Indian journal of veterinary science and animal husbandry - Volumes 22-23, 1952-1953
Year: 1952
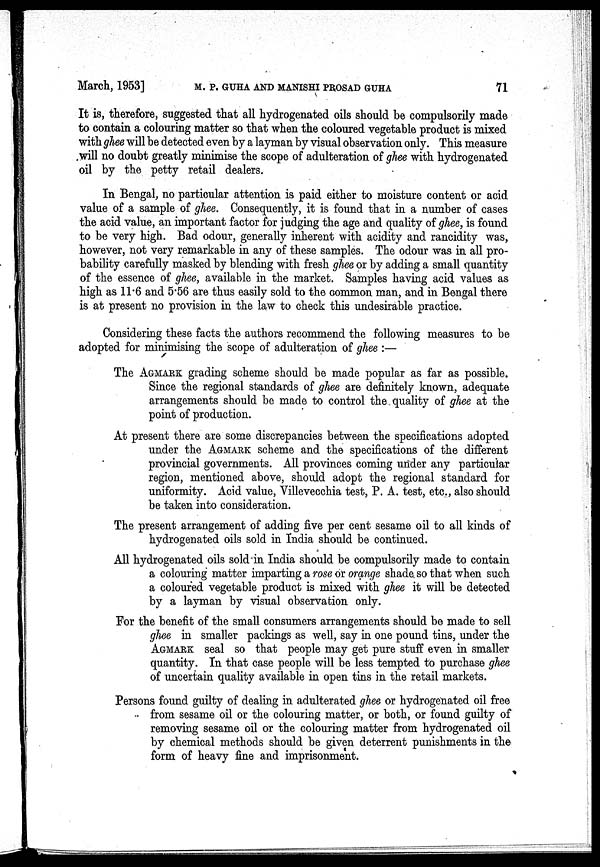
March, 1953]
M.
P.
GUHA
AND
MANISHI
PROSAD
GUHA
71
It is, therefore, suggested that all hydrogenated oils should be compulsorily made
to contain a colouring matter so that when the coloured vegetable product is mixed
with ghee will be detected even by a layman by visual observation only. This measure
will no doubt greatly minimise the scope of adulteration of ghee with hydrogenated
oil by the petty retail dealers.
In Bengal, no particular attention is paid either to moisture content or acid
value of a sample of ghee. Consequently, it is found that in a number of cases
the acid value, an important factor for judging the age and quality of ghee, is found
to be very high. Bad odour, generally inherent with acidity and rancidity was,
however, not very remarkable in any of these samples. The odour was in all pro-
bability carefully masked by blending with fresh ghee or by adding a small quantity
of the essence of ghee, available in the market. Samples having acid values as
high as 11.6 and 5.56 are thus easily sold to the common man, and in Bengal there
is at present no provision in the law to check this undesirable practice.
Considering these facts the authors recommend the following measures to be
adopted for minimising the scope of adulteration of ghee :—
The AGMARK grading scheme should be made popular as far as possible.
Since the regional standards of ghee are definitely known, adequate
arrangements should be made to control the quality of ghee at the
point of production.
At present there are some discrepancies between the specifications adopted
under the AGMARK scheme and the specifications of the different
provincial governments. All provinces coming under any particular
region, mentioned above, should adopt the regional standard for
uniformity. Acid value, Villevecchia test, P. A. test, etc., also should
be taken into consideration.
The present arrangement of adding five per cent sesame oil to all kinds of
hydrogenated oils sold in India should be continued.
All hydrogenated oils sold in India should be compulsorily made to contain
a colouring matter imparting a rose or orange shade so that when such
a coloured vegetable product is mixed with ghee it will be detected
by a layman by visual observation only.
For the benefit of the small consumers arrangements should be made to sell
ghee in smaller packings as well, say in one pound tins, under the
AGMARK seal so that people may get pure stuff even in smaller
quantity. In that case people will be less tempted to purchase ghee
of uncertain quality available in open tins in the retail markets.
Persons found guilty of dealing in adulterated ghee or hydrogenated oil free
from sesame oil or the colouring matter, or both, or found guilty of
removing sesame oil or the colouring matter from hydrogenated oil
by chemical methods should be given deterrent punishments in the
form of heavy fine and imprisonment.